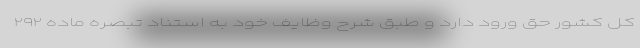
کل کشور حق ورود دارد و طبق شرح وظایف خود به استناد تبصره ماده ۲۹۲